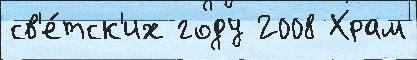
св'е́тск'их году 2008 Храм